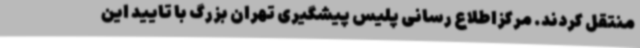
منتقل کردند. مرکزاطلاع رسانی پلیس پیشگیری تهران بزرگ با تایید این